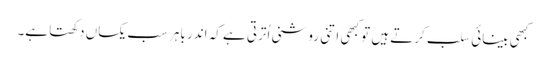
کبھی بینائی سلب کرتے ہیں تو کبھی اتنی روشنی اُترتی ہے کہ اندر باہر سب یکساں دکھتا ہے۔